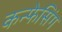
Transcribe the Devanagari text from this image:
कन्फेसिंग